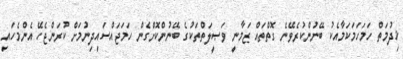
ޚިދުމަތް ހަމަހަމަކަމާއެކު ބޭނުންކުރެވޭނެ ގޮތްތައް ޒަމާނީ ވަޞީލަތްތަކުގެ ބޭނުންކޮށްގެން ހަމަޖައްސައިދިނުމަށް ކުރަންޖެހޭ އެންމެހައި